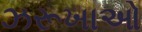
ઝરૂખાઓ